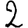
Digit: 2